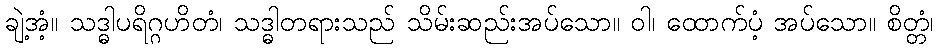
ချဲ့အံ့။ သဒ္ဓါပရိဂ္ဂဟိတံ၊ သဒ္ဓါတရားသည် သိမ်းဆည်းအပ်သော။ ဝါ၊ ထောက်ပံ့ အပ်သော။ စိတ္တံ၊